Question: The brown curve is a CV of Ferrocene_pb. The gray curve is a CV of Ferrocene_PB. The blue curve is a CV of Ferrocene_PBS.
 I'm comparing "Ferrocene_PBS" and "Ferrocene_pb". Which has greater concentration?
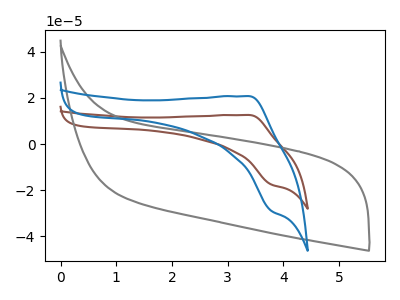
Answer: <think>The brown curve "Ferrocene_pb" has an anodic peak at (3.40V, 12.60uA) and a cathodic peak at (3.80V, -17.65uA). The gray curve "Ferrocene_PB" has no peaks. The blue curve "Ferrocene_PBS" has an anodic peak at (3.40V, 20.80uA) and a cathodic peak at (3.80V, -29.10uA).
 All the peaks in "Ferrocene_PBS" have a peak in "Ferrocene_pb" at the same potential. Every peak in "Ferrocene_PBS" is higher than every peak in "Ferrocene_pb".</think>
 <answer>"Ferrocene_PBS" has more signal than "Ferrocene_pb" and so likely has a higher concentration.</answer>
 <eval>more_concentration</eval>